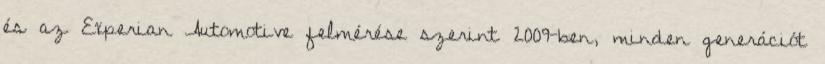
és az Experian Automotive felmérése szerint 2009-ben, minden generációt